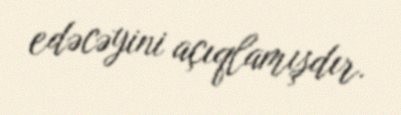
edəcəyini açıqlamışdır.